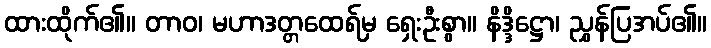
ထားထိုက်၏။ တာဝ၊ မဟာဒတ္တထေရ်မှ ရှေးဦးစွာ။ နိဒ္ဒိဋ္ဌော၊ ညွှန်ပြအပ်၏။